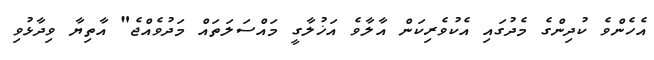
އެހެންވެ ކުދިންގެ މެދުގައި އެކުވެރިކަން އާލާވެ އަޚުލާގީ މައްސަލަތައް މަދުވެއްޖެ" އާތިޔާ ވިދާޅުވި